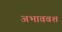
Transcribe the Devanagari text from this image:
अभाववश